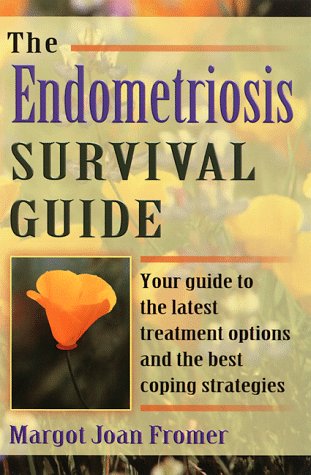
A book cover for The Endometriosis Survival Guide: Your Guide to the Latest Treatment Options and the Best Coping Strategies; Margot Fromer; Health, Fitness & Dieting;